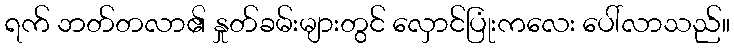
ရက် ဘတ်တလာ၏ နှုတ်ခမ်းများတွင် လှောင်ပြုံးကလေး ပေါ်လာသည်။